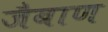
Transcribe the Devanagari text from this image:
जैबाण